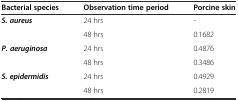
| Bacterial species | Observation time period | Porcine skin |
 | --- | --- | --- |
 | <ROWSPAN=2> S. aureus | 24 hrs | - |
 | 48 hrs | 0.1682 |
 | <ROWSPAN=2> P. aeruginosa | 24 hrs | 0.4876 |
 | 48 hrs | 0.3486 |
 | <ROWSPAN=2> S. epidermidis | 24 hrs | 0.4929 |
 | 48 hrs | 0.2819 |